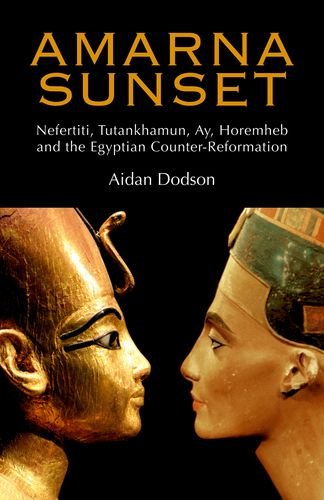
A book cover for Amarna Sunset: Nefertiti, Tutankhamun, Ay, Horemheb, and the Egyptian Counter-Reformation; Aidan Dodson; History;